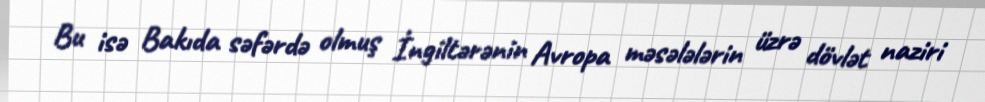
Bu isə Bakıda səfərdə olmuş İngiltərənin Avropa məsələlərin üzrə dövlət naziri